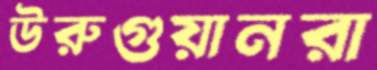
উরুগুয়ানরা